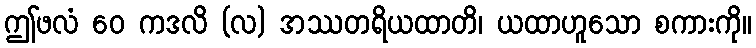
ဤဖလံ ဝေ ကဒလိ (လ) အဿတရိယထာတိ၊ ယထာဟူသော စကားကို။